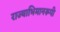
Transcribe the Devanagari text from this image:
राज्याभिमानरूपी